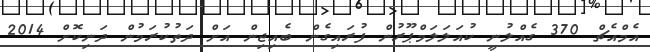
އެމްއެޗް 370 ގެއްލުނީ ކުއަލަލަމްޕޫރުން ފުރައިގެން ބެއިޖިން އަށް ދަތުކުރަމުން ދަނިކޮށް 2014